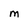
Character: M